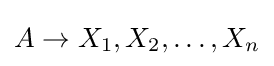
A\rightarrow X_{1},X_{2},\dots ,X_{n}